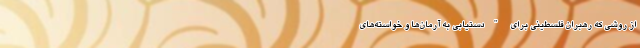
از روشی که رهبران فلسطینی برای "دستیابی به آرمان‌ها و خواسته‌های